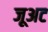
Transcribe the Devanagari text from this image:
जूअट